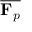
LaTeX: \overline { { \mathbf { F } _ { p } } }